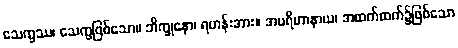
သေက္ခဿ၊ သေက္ခဖြစ်သော။ ဘိက္ခုနော၊ ရဟန်းအား။ အပရိဟာနာယ၊ အထက်ထက်၌ဖြစ်သော